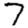
Digit: 7